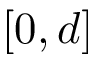
[ 0 , d ]